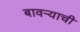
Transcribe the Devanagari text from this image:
बावऱ्याची